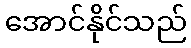
အောင်နိုင်သည်